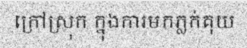
ក្រៅស្រុក ក្នុងការមកភ្លក់គុយ